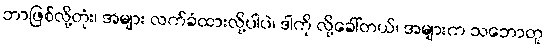
ဘာဖြစ်လို့တုံး၊ အများ လက်ခံထားလို့ပါပဲ၊ ဒါကို လို့ခေါ်တယ်၊ အများက သဘောတူ